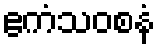
ဧကံသဝစနံ